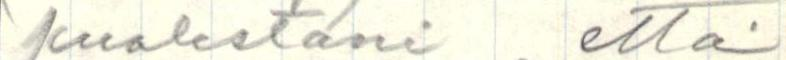
puolestani että